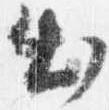
出